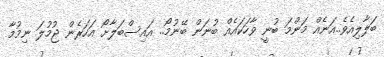
ބަލާލިއެވެ..އަނެއް މަންމަ ބުނީ ވާހަކައެއް ބުނަން ބޭނުމޯ.. އައިސްބަލާށޯ އަހަރެން ޖުމުލަ ނިމުމާ